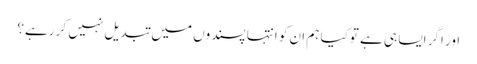
اور اگر ایسا ہی ہے توکیا ہم ان کو انتہا پسندوں میں تبدیل نہیں کر رہے؟